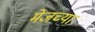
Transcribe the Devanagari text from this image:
मेजच्या